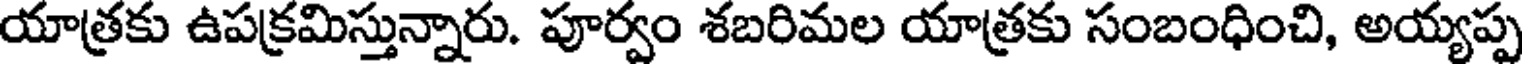
యాత్రకు ఉపక్రమిస్తున్నారు. పూర్వం శబరిమల యాత్రకు సంబంధించి, అయ్యప్ప